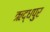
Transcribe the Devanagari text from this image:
ऋद्धपुर